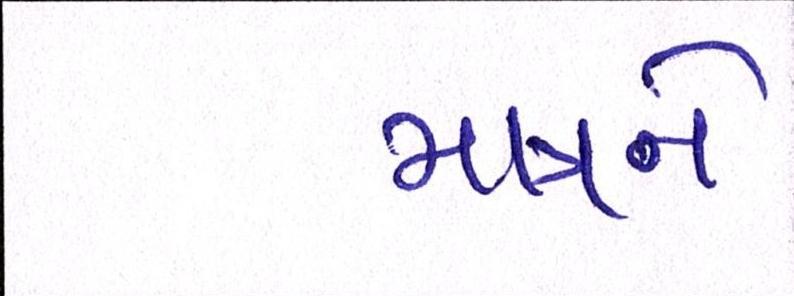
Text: માત્રને